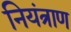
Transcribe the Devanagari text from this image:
नियंत्राण